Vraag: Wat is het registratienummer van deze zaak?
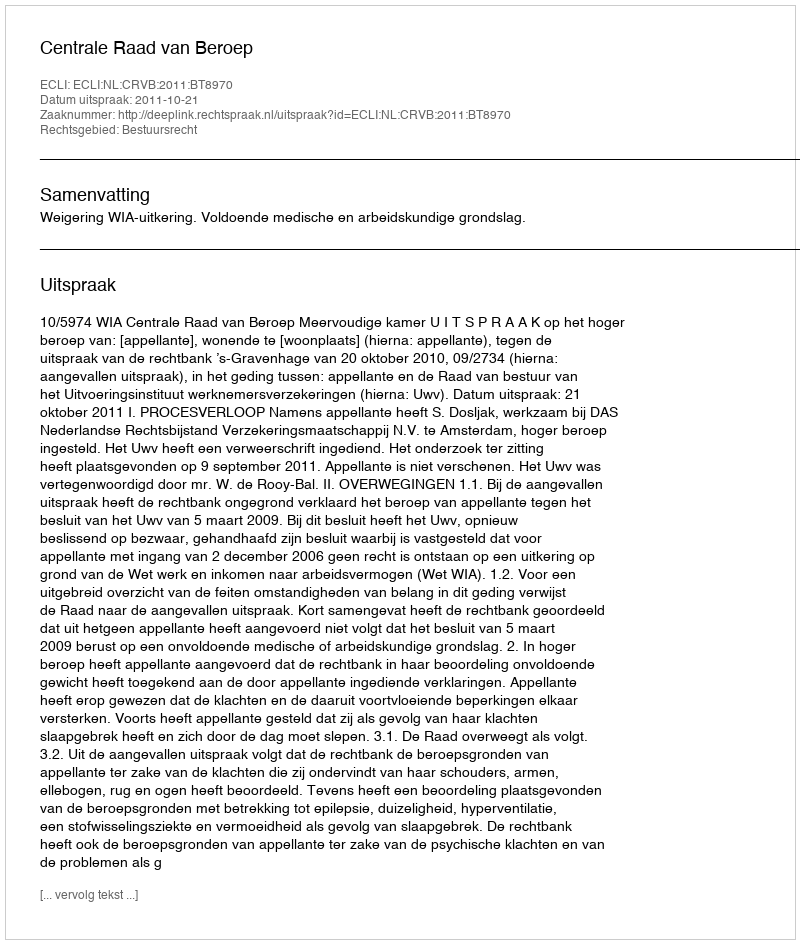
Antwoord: http://deeplink.rechtspraak.nl/uitspraak?id=ECLI:NL:CRVB:2011:BT8970